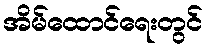
အိမ်ထောင်ရေးတွင်